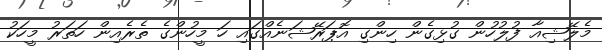
މެލޭޝިއާ ފުލުހުން ގުޅިގެން ހިންގި އޮޕަރޭޝަނެއްގައި ހަ މީހުންގެ ތެރެއިން ހަތަރު މީހަކު